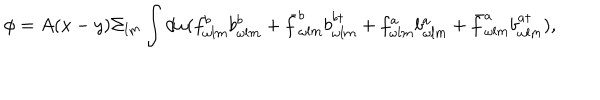
LaTeX: \phi = A ( x - y ) \Sigma _ { l m } \int d \omega ( f _ { \omega l m } ^ { b } b _ { \omega l m } ^ { b } + \bar { f } _ { \omega l m } ^ { b } b _ { \omega l m } ^ { b \dagger } + f _ { \omega l m } ^ { a } b _ { \omega l m } ^ { a } + \bar { f } _ { \omega l m } ^ { a } b _ { \omega l m } ^ { a \dagger } ) ,